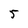
Character: 5